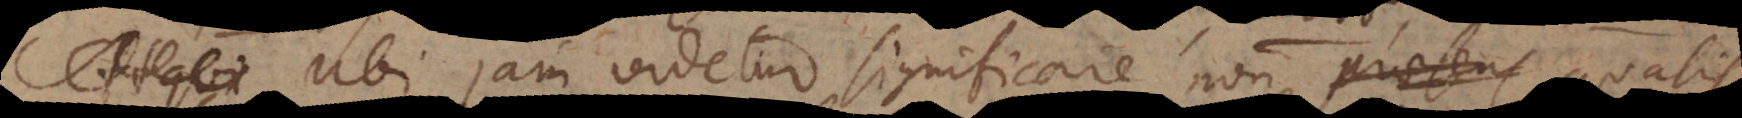
Ubi jam videtur significare non praesens qualis